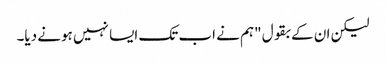
لیکن ان کے بقول "ہم نے اب تک ایسا نہیں ہونے دیا۔